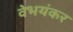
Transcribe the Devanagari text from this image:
वेभयंकर